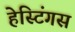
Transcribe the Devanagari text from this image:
हेस्टिंगस